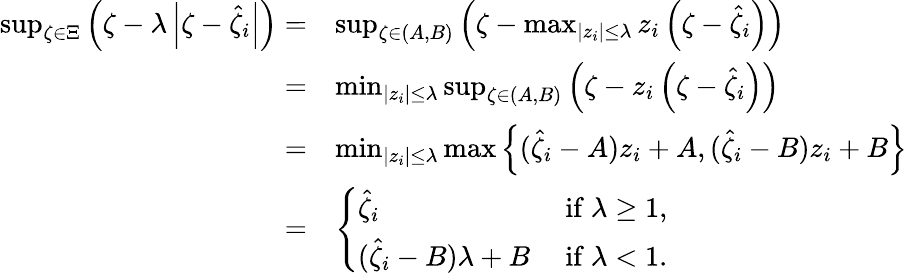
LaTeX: \begin{array}{rl}{\operatorname*{sup}_{\zeta\in\Xi}\left(\zeta-\lambda\left|\zeta-\widehat{\zeta}_{i}\right|\right)=}&{\operatorname*{sup}_{\zeta\in(A,B)}\left(\zeta-\operatorname*{max}_{|z_{i}|\leq\lambda}z_{i}\left(\zeta-\widehat{\zeta}_{i}\right)\right)}\\ {=}&{\operatorname*{min}_{|z_{i}|\leq\lambda}\operatorname*{sup}_{\zeta\in(A,B)}\left(\zeta-z_{i}\left(\zeta-\widehat{\zeta}_{i}\right)\right)}\\ {=}&{\operatorname*{min}_{|z_{i}|\leq\lambda}\operatorname*{max}\left\{ (\widehat{\zeta}_{i}-A)z_{i}+A,(\widehat{\zeta}_{i}-B)z_{i}+B\right\} }\\ {=}&{\left\{ \begin{array}{ll}{\widehat{\zeta}_{i}}&{\mathrm{~if~}\lambda\geq 1,}\\ {(\widehat{\zeta}_{i}-B)\lambda+B}&{\mathrm{~if~}\lambda<1.}\end{array}\right.}\end{array}